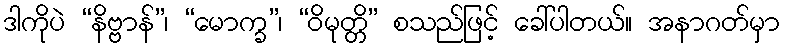
ဒါကိုပဲ “နိဗ္ဗာန်”၊ “မောက္ခ”၊ “ဝိမုတ္တိ” စသည်ဖြင့် ခေါ်ပါတယ်။ အနာဂတ်မှာ